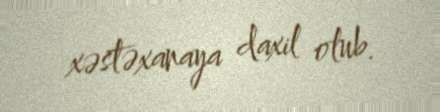
xəstəxanaya daxil olub.